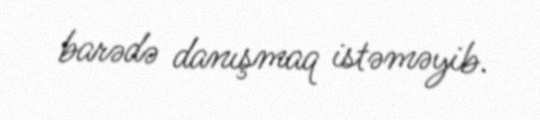
barədə danışmaq istəməyib.